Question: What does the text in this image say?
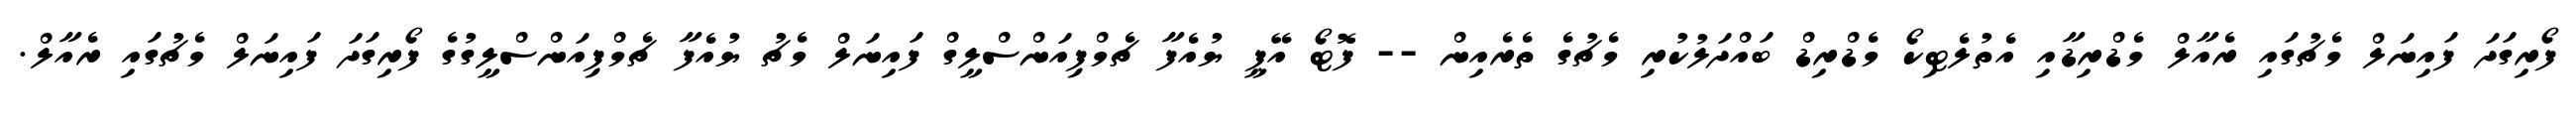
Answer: ފޯރިގަދަ ފައިނަލް މެޗުގައި ރެއާލް މެޑްރިޑާއި އެތުލެޓިކޯ މެޑްރިޑް ބައްދަލުކުރި މެޗުގެ ތެރެއިން -- ފޮޓޯ އޭޕީ ޔުއެފާ ޗެމްޕިއަންސްލީގް ފައިނަލް މެޗު ޔުއެފާ ޗެމްޕިއަންސްލީގުގެ ފޯރިގަދަ ފައިނަލް މެޗުގައި ރެއާލް.